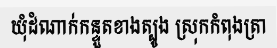
ឃុំដំណាក់កន្ទួតខាងត្បូង ស្រុកកំពុងត្រា